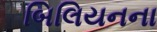
બિલિયનના